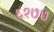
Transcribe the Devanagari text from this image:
६१७७